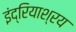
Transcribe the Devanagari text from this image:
इंद्रियाश्रय